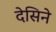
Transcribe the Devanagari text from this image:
देसिने